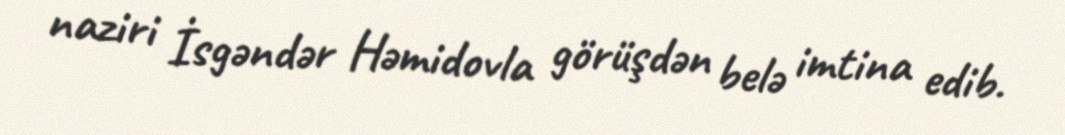
naziri İsgəndər Həmidovla görüşdən belə imtina edib.